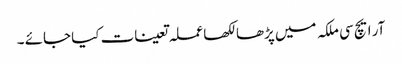
آر ایچ سی ملکہ میں پڑھا لکھا عملہ تعینات کیا جائے ۔